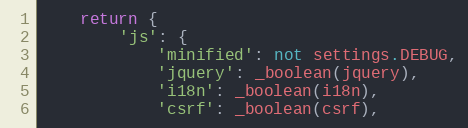
Language: Python
    return {
        'js': {
            'minified': not settings.DEBUG,
            'jquery': _boolean(jquery),
            'i18n': _boolean(i18n),
            'csrf': _boolean(csrf),